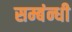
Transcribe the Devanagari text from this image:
सम्बंन्धी